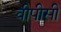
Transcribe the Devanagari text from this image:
वीपीसी